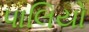
પાલિયો